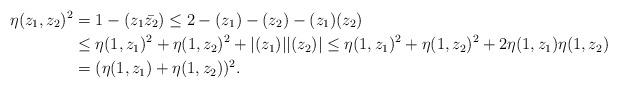
LaTeX: \begin{align*}\eta(z_1,z_2)^2 &= 1-(z_1\bar{z_2}) \leq 2 - (z_1)-(z_2)-(z_1)(z_2) \\&\leq \eta(1,z_1)^2 + \eta(1,z_2)^2 + |(z_1)||(z_2)| \leq \eta(1,z_1)^2 + \eta(1,z_2)^2 + 2\eta(1,z_1)\eta(1,z_2) \\&= (\eta(1,z_1)+\eta(1,z_2))^2.\end{align*}